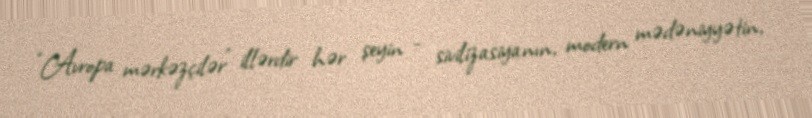
“Avropa mərkəzçilər” illərdir hər şeyin - sivilizasiyanın, modern mədəniyyətin,